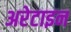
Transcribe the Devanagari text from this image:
अरेटाइन